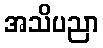
အသိပညာ